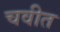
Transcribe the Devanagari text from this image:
चवीत